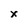
Character: x